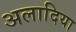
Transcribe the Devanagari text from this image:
अलादिया